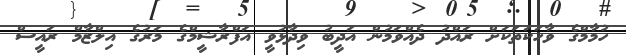
ހުމާމްގެ ވާހަކަތަކަށް ރައްދު ދެއްވަމުން އަދީބު ވިދާޅުވީ އަފްރާޝީމްގެ މަރުގެ އިލްޒާމް ރައީސް